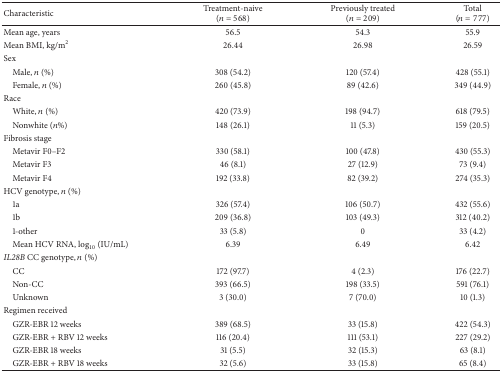
<table><thead><tr><td><b>Characteristic </b></td><td><b>Treatment-naive (<i>n</i> = 568)</b></td><td><b>Previously treated (<i>n</i> = 209)</b></td><td><b>Total (<i>n</i> = 777)</b></td></tr></thead><tbody><tr><td>Mean age, years</td><td>56.5</td><td>54.3</td><td>55.9</td></tr><tr><td>Mean BMI, kg/m<sup>2</sup></td><td>26.44</td><td>26.98</td><td>26.59</td></tr><tr><td>Sex</td><td> </td><td> </td><td> </td></tr><tr><td> Male, <i>n</i> (%)</td><td>308 (54.2)</td><td>120 (57.4)</td><td>428 (55.1)</td></tr><tr><td> Female, <i>n</i> (%)</td><td>260 (45.8)</td><td>89 (42.6)</td><td>349 (44.9)</td></tr><tr><td>Race</td><td> </td><td> </td><td> </td></tr><tr><td> White, <i>n</i> (%)</td><td>420 (73.9)</td><td>198 (94.7)</td><td>618 (79.5)</td></tr><tr><td> Nonwhite (<i>n</i>%)</td><td>148 (26.1)</td><td>11 (5.3)</td><td>159 (20.5)</td></tr><tr><td>Fibrosis stage</td><td> </td><td> </td><td> </td></tr><tr><td> Metavir F0–F2</td><td>330 (58.1)</td><td>100 (47.8)</td><td>430 (55.3)</td></tr><tr><td> Metavir F3</td><td>46 (8.1)</td><td>27 (12.9)</td><td>73 (9.4)</td></tr><tr><td> Metavir F4</td><td>192 (33.8)</td><td>82 (39.2)</td><td>274 (35.3)</td></tr><tr><td>HCV genotype, <i>n</i> (%)</td><td> </td><td> </td><td> </td></tr><tr><td> 1a</td><td>326 (57.4)</td><td>106 (50.7)</td><td>432 (55.6)</td></tr><tr><td> 1b</td><td>209 (36.8)</td><td>103 (49.3)</td><td>312 (40.2)</td></tr><tr><td> 1-other</td><td>33 (5.8)</td><td>0</td><td>33 (4.2)</td></tr><tr><td> Mean HCV RNA, log<sub>10</sub> (IU/mL)</td><td>6.39</td><td>6.49</td><td>6.42</td></tr><tr><td><i>IL28B</i> CC genotype, <i>n</i> (%)</td><td> </td><td> </td><td> </td></tr><tr><td> CC</td><td>172 (97.7)</td><td>4 (2.3)</td><td>176 (22.7)</td></tr><tr><td> Non-CC</td><td>393 (66.5)</td><td>198 (33.5)</td><td>591 (76.1)</td></tr><tr><td> Unknown</td><td>3 (30.0)</td><td>7 (70.0)</td><td>10 (1.3)</td></tr><tr><td>Regimen received</td><td> </td><td> </td><td> </td></tr><tr><td> GZR-EBR 12 weeks</td><td>389 (68.5)</td><td>33 (15.8)</td><td>422 (54.3)</td></tr><tr><td> GZR-EBR + RBV 12 weeks</td><td>116 (20.4)</td><td>111 (53.1)</td><td>227 (29.2)</td></tr><tr><td> GZR-EBR 18 weeks</td><td>31 (5.5)</td><td>32 (15.3)</td><td>63 (8.1)</td></tr><tr><td> GZR-EBR + RBV 18 weeks</td><td>32 (5.6)</td><td>33 (15.8)</td><td>65 (8.4)</td></tr></tbody></table>